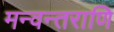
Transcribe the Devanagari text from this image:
मन्वन्तराणि